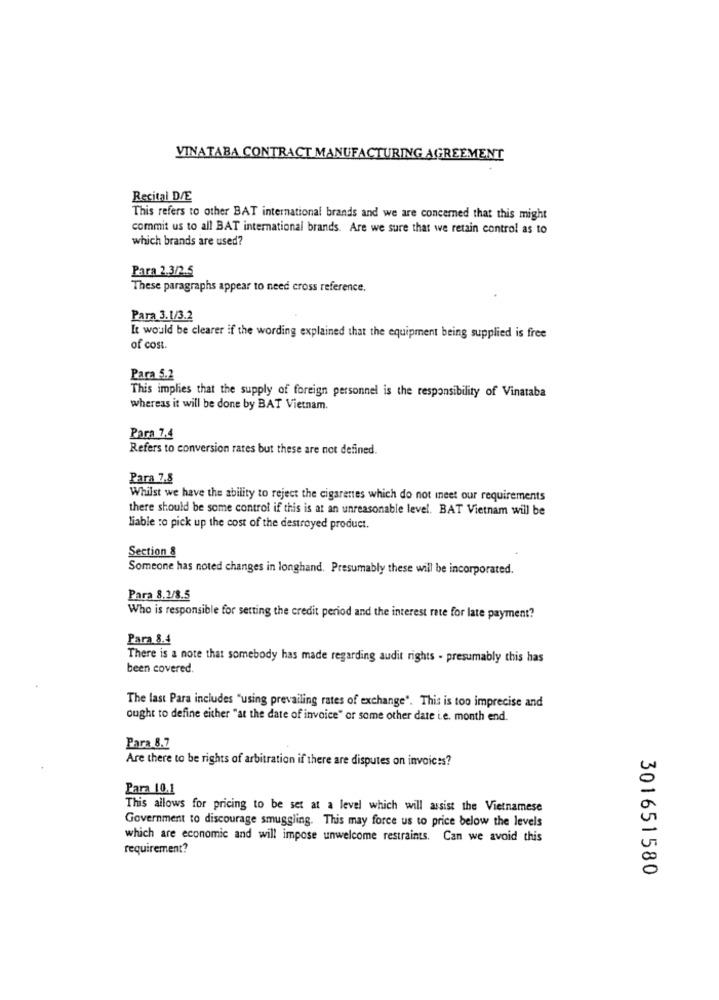
VINATABA CONTRACT MANUFACTURING AGREEMENT
Recital D/E
This refers to other BAT international brands and we are concerned that this might
commit us to all BAT international brands. Are we sure that we retain control as to
which brands are used?
Para 2.3/2.5
These paragraphs appear to need cross reference.
Para 3.1/3.2
It would be clearer if the wording explained that the equipment being supplied is free
of cost.
Para 5.2
This implies that the supply of foreign personnel is the responsibility of Vinataba
whereas it will be done by BAT Vietnam.
Para 7.4
Refers to conversion rates but these are not defined.
Para 7.8
Whilst we have the ability to reject the cigarettes which do not meet our requirements
there should be some control if this is at an unreasonable level. BAT Vietnam will be
liable to pick up the cost of the destroyed product.
Section &
Someone has noted changes in longhand. Presumably these will be incorporated.
Para 8.2/8.5
Who is responsible for setting the credit period and the interest rate for late payment?
Para 8.4
There is a note that somebody has made regarding audit rights - presumably this has
been covered.
The last Para includes "using prevailing rates of exchange". This is too imprecise and
ought to define either "at the date of invoice" or some other date i.e. month end.
Para 8.7
Are there to be rights of arbitration if there are disputes on invoices?
Para 10.1
This allows for pricing to be set at a level which will assist the Vietnamese
Government to discourage smuggling. This may force us to price below the levels
which are economic and will impose unwelcome restraints. Can we avoid this
requirement?
301651580